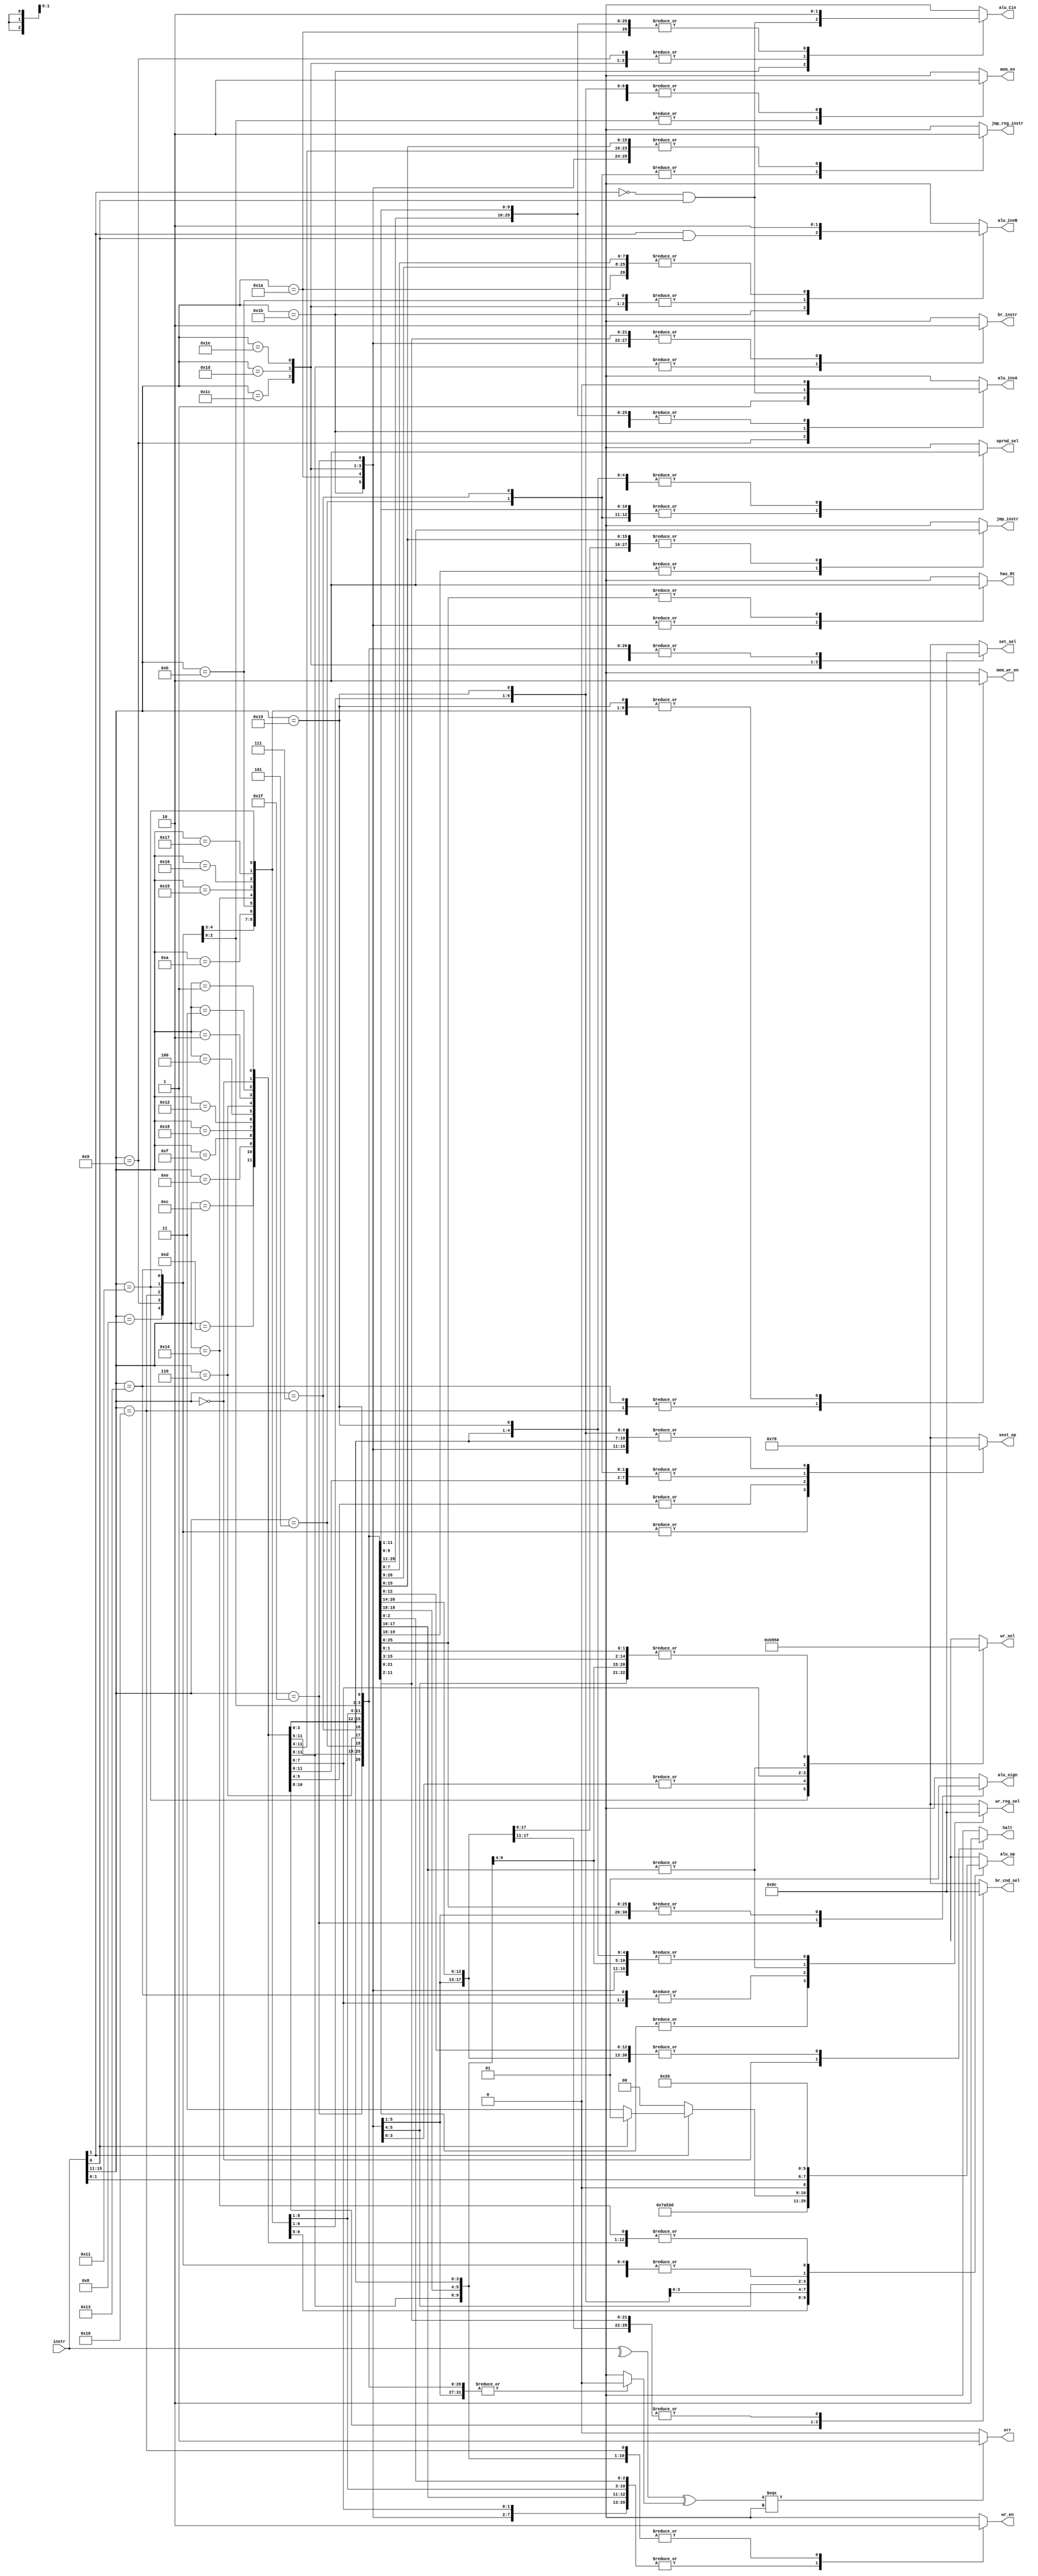
module control (instr,
                br_cnd_sel,
                set_sel,
                has_Rt,
                wr_en,
                mem_wr_en,
                mem_en,
                wr_sel,
                wr_reg_sel,
                oprnd_sel,
                jmp_reg_instr,
                jmp_instr,
                br_instr,
                sext_op,
                alu_op,
                alu_invA,
                alu_invB,
                alu_Cin,
                alu_sign,
                halt,
                err);

   input [15:0] instr;
   output [1:0] br_cnd_sel;
   output [1:0] set_sel;
   output       wr_en;
   output       has_Rt;
   output       mem_wr_en;
   output       mem_en;
   output [2:0] wr_sel;
   output [1:0] wr_reg_sel;
   output       oprnd_sel;
   output       jmp_reg_instr;
   output       jmp_instr;
   output       br_instr;
   output [1:0] sext_op;
   output [2:0] alu_op;
   output       alu_invA;
   output       alu_invB;
   output       alu_Cin;
   output       alu_sign;
   output       halt;
   output       err;

   // Control outputs
   reg [1:0] case_br_cnd_sel;
   reg [1:0] case_set_sel;
   reg       case_wr_en;
   reg       case_has_Rt; // used by forwarding unit
   reg       case_mem_wr_en;
   reg       case_mem_en;
   reg [2:0] case_wr_sel;
   reg [1:0] case_wr_reg_sel;
   reg       case_oprnd_sel;
   reg       case_jmp_reg_instr;
   reg       case_jmp_instr;
   reg       case_br_instr;
   reg [1:0] case_sext_op;
   reg [2:0] case_alu_op;
   reg       case_alu_invA;
   reg       case_alu_invB;
   reg       case_alu_Cin;
   reg       case_alu_sign;
   reg       case_halt;
   reg       case_err;

   /*
    * Immediate extension operations.
    * Opcode | extension
    * 00     | zext(instr[4:0])
    * 01     | sext(instr[4:0])
    * 10     | sext(instr[7:0])
    * 11     | sext(instr[10:0])
    */

   always @(*) begin
      // Set defaults
      case_br_cnd_sel = 2'b00;
      case_set_sel = 2'b00;
      case_wr_en = 1'b0;        // High for writing back to register
      case_has_Rt = 1'b0;       // High for presence of Rt (used by forwarding)
      case_mem_wr_en = 1'b0;    // High for writing to memory
      case_mem_en = 1'b0;       // High for accessing memory
      case_wr_sel = 3'b000;      // High for selecting ALU output
      case_wr_reg_sel = 2'b00;   // High for instr[7:5] as wr_reg
      case_oprnd_sel = 1'b0;    // High for using immediate as operand
      case_jmp_reg_instr = 1'b0;// High for reg jump instructions
      case_jmp_instr = 1'b0;    // High for jump instructions
      case_br_instr = 1'b0;     // High for branch instructions
      case_sext_op = 2'b00;     // Sign extension opcode
      case_alu_op = 3'b000;     // Opcode for the ALU
      case_alu_invA = 1'b0;     // Invert input A of the ALU
      case_alu_invB = 1'b0;     // Invert input B of the ALU
      case_alu_Cin = 1'b0;      // Carry in for the ALU
      case_alu_sign = 1'b1;     // Treat operands as signed
      case_halt = 1'b0;         // High when PC can be updated
      case_err = 1'b0;          // High upon error

      case (instr[15:11])
         5'b00000: begin // HALT
            case_halt = 1'b1;
         end
         5'b00001: begin // NOP
            /**
            * Not writes to registers or memory should be performed except for
            * the PC.
            */
         end
         5'b01000: begin // ADDI
            case_wr_en = 1'b1;
            case_wr_reg_sel = 2'b01;
            case_oprnd_sel = 1'b1;
            case_sext_op = 2'b01;
            case_alu_op = 3'b100;
         end
         5'b01001: begin // SUBI
            case_wr_en = 1'b1;
            case_wr_reg_sel = 2'b01;
            case_oprnd_sel = 1'b1;
            case_sext_op = 2'b01;
            case_alu_op = 3'b100;
            case_alu_invA = 1'b1;
            case_alu_Cin = 1'b1;
         end
         5'b01010: begin // XORI
            case_wr_en = 1'b1;
            case_wr_reg_sel = 2'b01;
            case_oprnd_sel = 1'b1;
            case_alu_op = 3'b111;
         end
         5'b01011: begin // ANDNI
            case_wr_en = 1'b1;
            case_wr_reg_sel = 2'b01;
            case_oprnd_sel = 1'b1;
            case_alu_op = 3'b101;
            case_alu_invB = 1'b1;
         end
         5'b10100: begin // ROLI
            case_wr_en = 1'b1;
            case_wr_reg_sel = 2'b01;
            case_oprnd_sel = 1'b1;
            case_alu_op = 3'b000;
         end
         5'b10101: begin // SLLI
            case_wr_en = 1'b1;
            case_wr_reg_sel = 2'b01;
            case_oprnd_sel = 1'b1;
            case_alu_op = 3'b001;
         end
         5'b10110: begin // RORI
            case_wr_en = 1'b1;
            case_wr_reg_sel = 2'b01;
            case_oprnd_sel = 1'b1;
            case_alu_op = 3'b010;
         end
         5'b10111: begin // SRLI
            case_wr_en = 1'b1;
            case_wr_reg_sel = 2'b01;
            case_oprnd_sel = 1'b1;
            case_alu_op = 3'b011;
         end
         5'b10000: begin // ST
            case_mem_en = 1'b1;
            case_mem_wr_en = 1'b1;
            case_wr_reg_sel = 2'b01;
            case_oprnd_sel = 1'b1;
            case_sext_op = 2'b01;
            case_alu_op = 3'b100;
         end
         5'b10001: begin // LD
            case_mem_en = 1'b1;
            case_wr_en = 1'b1;
            case_wr_sel = 3'b001;
            case_wr_reg_sel = 2'b01;
            case_oprnd_sel = 1'b1;
            case_sext_op = 2'b01;
            case_alu_op = 3'b100;
         end
         5'b10011: begin // STU
            case_mem_en = 1'b1;
            case_wr_en = 1'b1;
            case_mem_wr_en = 1'b1;
            case_wr_reg_sel = 2'b10;
            case_oprnd_sel = 1'b1;
            case_sext_op = 2'b01;
            case_alu_op = 3'b100;
         end
         5'b11001: begin // BTR
            case_wr_en = 1'b1;
            case_alu_op = 3'b110;
         end
         5'b11011: begin // ADD, SUB, XOR, ANDN
            case_wr_en = 1'b1;
            case_has_Rt = 1'b1;
            case_alu_op = (instr[1] == 1'b0) ? 3'b100 :
                  (instr[0] == 1'b0) ? 3'b111 : 3'b101;
            case_alu_invA = ~instr[1] & instr[0];
            case_alu_invB = instr[1] & instr[0];
            case_alu_Cin = ~instr[1] & instr[0];
         end
         5'b11010: begin // ROL, SLL, ROR, SRL
            case_wr_en = 1'b1;
            case_has_Rt = 1'b1;
            case_alu_op = {1'b0, instr[1], instr[0]};
         end
         5'b11100: begin // SEQ
            case_wr_en = 1'b1;
            case_has_Rt = 1'b1;
            case_set_sel = 2'b01;
            case_wr_sel = 3'b011;
            case_alu_op = 3'b100;
            case_alu_invB = 1'b1;
            case_alu_Cin = 1'b1;
         end
         5'b11101: begin // SLT
            case_wr_en = 1'b1;
            case_has_Rt = 1'b1;
            case_set_sel = 2'b10;
            case_wr_sel = 3'b011;
            case_alu_op = 3'b100;
            case_alu_invB = 1'b1;
            case_alu_Cin = 1'b1;
         end
         5'b11110: begin // SLE
            case_wr_en = 1'b1;
            case_has_Rt = 1'b1;
            case_set_sel = 2'b11;
            case_wr_sel = 3'b011;
            case_alu_op = 3'b100;
            case_alu_invB = 1'b1;
            case_alu_Cin = 1'b1;
         end
         5'b11111: begin // SCO
            case_wr_en = 1'b1;
            case_has_Rt = 1'b1;
            // case_set_sel = 2'b00;
            case_wr_sel = 3'b011;
            case_alu_sign = 1'b0;
            case_alu_op = 3'b100;
         end
         5'b01100: begin // BEQZ
            // case_br_cnd_sel = 2'b00;
            case_br_instr = 1'b1;
            case_sext_op = 2'b10;
         end
         5'b01101: begin // BNEZ
            case_br_cnd_sel = 2'b01;
            case_br_instr = 1'b1;
            case_sext_op = 2'b10;
         end
         5'b01110: begin // BLTZ
            case_br_cnd_sel = 2'b10;
            case_br_instr = 1'b1;
            case_sext_op = 2'b10;
         end
         5'b01111: begin // BEGZ
            case_br_cnd_sel = 2'b11;
            case_br_instr = 1'b1;
            case_sext_op = 2'b10;
         end
         5'b11000: begin // LBI
            case_wr_en = 1'b1;
            case_wr_sel = 3'b100;
            case_wr_reg_sel = 2'b10;
            case_sext_op = 2'b10;
         end
         5'b10010: begin // SLBI
            case_wr_en = 1'b1;
            case_wr_sel = 3'b101;
            case_wr_reg_sel = 2'b10;
            case_sext_op = 2'b10;
         end
         5'b00100: begin // J
            case_jmp_instr = 1'b1;
            case_sext_op = 2'b11;
         end
         5'b00101: begin // JR
            case_oprnd_sel = 1'b1;
            case_alu_op = 3'b100;
            case_jmp_reg_instr = 1'b1;
            case_jmp_instr = 1'b1;
            case_sext_op = 2'b10;
         end
         5'b00110: begin // JAL
            case_wr_en = 1'b1;
            case_wr_sel = 3'b010;
            case_wr_reg_sel = 2'b11;
            case_jmp_instr = 1'b1;
            case_sext_op = 2'b11;
         end
         5'b00111: begin // JALR
            case_wr_en = 1'b1;
            case_oprnd_sel = 1'b1;
            case_alu_op = 3'b100;
            case_wr_sel = 3'b010;
            case_wr_reg_sel = 2'b11;
            case_jmp_reg_instr = 1'b1;
            case_jmp_instr = 1'b1;
            case_sext_op = 2'b10;
         end
         5'b00010: begin // siic
            // TODO: Produce illegal exception.
         end
         5'b00011: begin
            // TODO: NOP
         end
         default: begin
            case_err = 1'b1;
         end
      endcase
   end

   // Assign case outputs to module outputs
   assign err = ((^instr ^ case_err) === 1'bX) ? 1'b1 : 1'b0;
   assign br_cnd_sel = case_br_cnd_sel;
   assign set_sel = case_set_sel;
   assign wr_en = case_wr_en;
   assign has_Rt = case_has_Rt;
   assign mem_wr_en = case_mem_wr_en;
   assign mem_en = case_mem_en;
   assign wr_sel = case_wr_sel;
   assign wr_reg_sel = case_wr_reg_sel;
   assign oprnd_sel = case_oprnd_sel;
   assign jmp_reg_instr = case_jmp_reg_instr;
   assign jmp_instr = case_jmp_instr;
   assign br_instr = case_br_instr;
   assign sext_op = case_sext_op;
   assign alu_op = case_alu_op;
   assign alu_invA = case_alu_invA;
   assign alu_invB = case_alu_invB;
   assign alu_Cin = case_alu_Cin;
   assign alu_sign = case_alu_sign;
   assign halt = case_halt;
   
endmodule